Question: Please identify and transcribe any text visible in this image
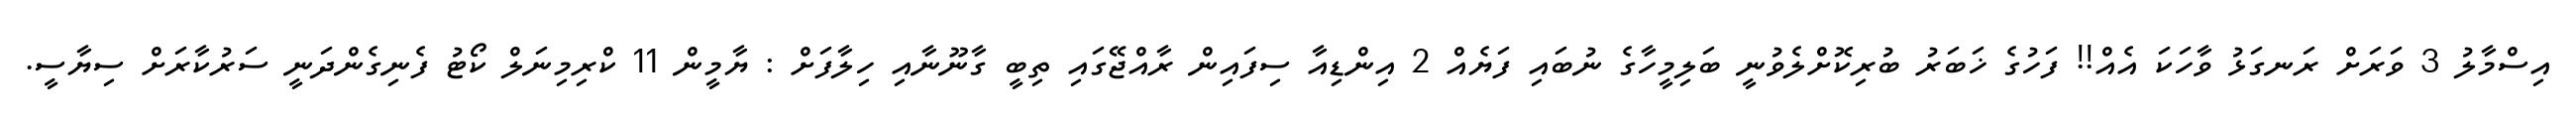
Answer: އިސްމާލު 3 ވަރަށް ރަނގަޅު ވާހަކަ އެއް!! ފަހުގެ ޚަބަރު ބުރިކޮށްލެވުނީ ބަލިމީހާގެ ނުބައި ފަޔެއް 2 އިންޑިއާ ސިފައިން ރާއްޖޭގައި ތިބީ ގާނޫނާއި ހިލާފަށް : ޔާމީން 11 ކްރިމިނަލް ކޯޓު ފެނިގެންދަނީ ސަރުކާރަށް ސިޔާސީ.